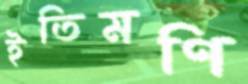
ইতিমণি